Eesti_Vabariigi_Tartu_Ulikool, lk 43
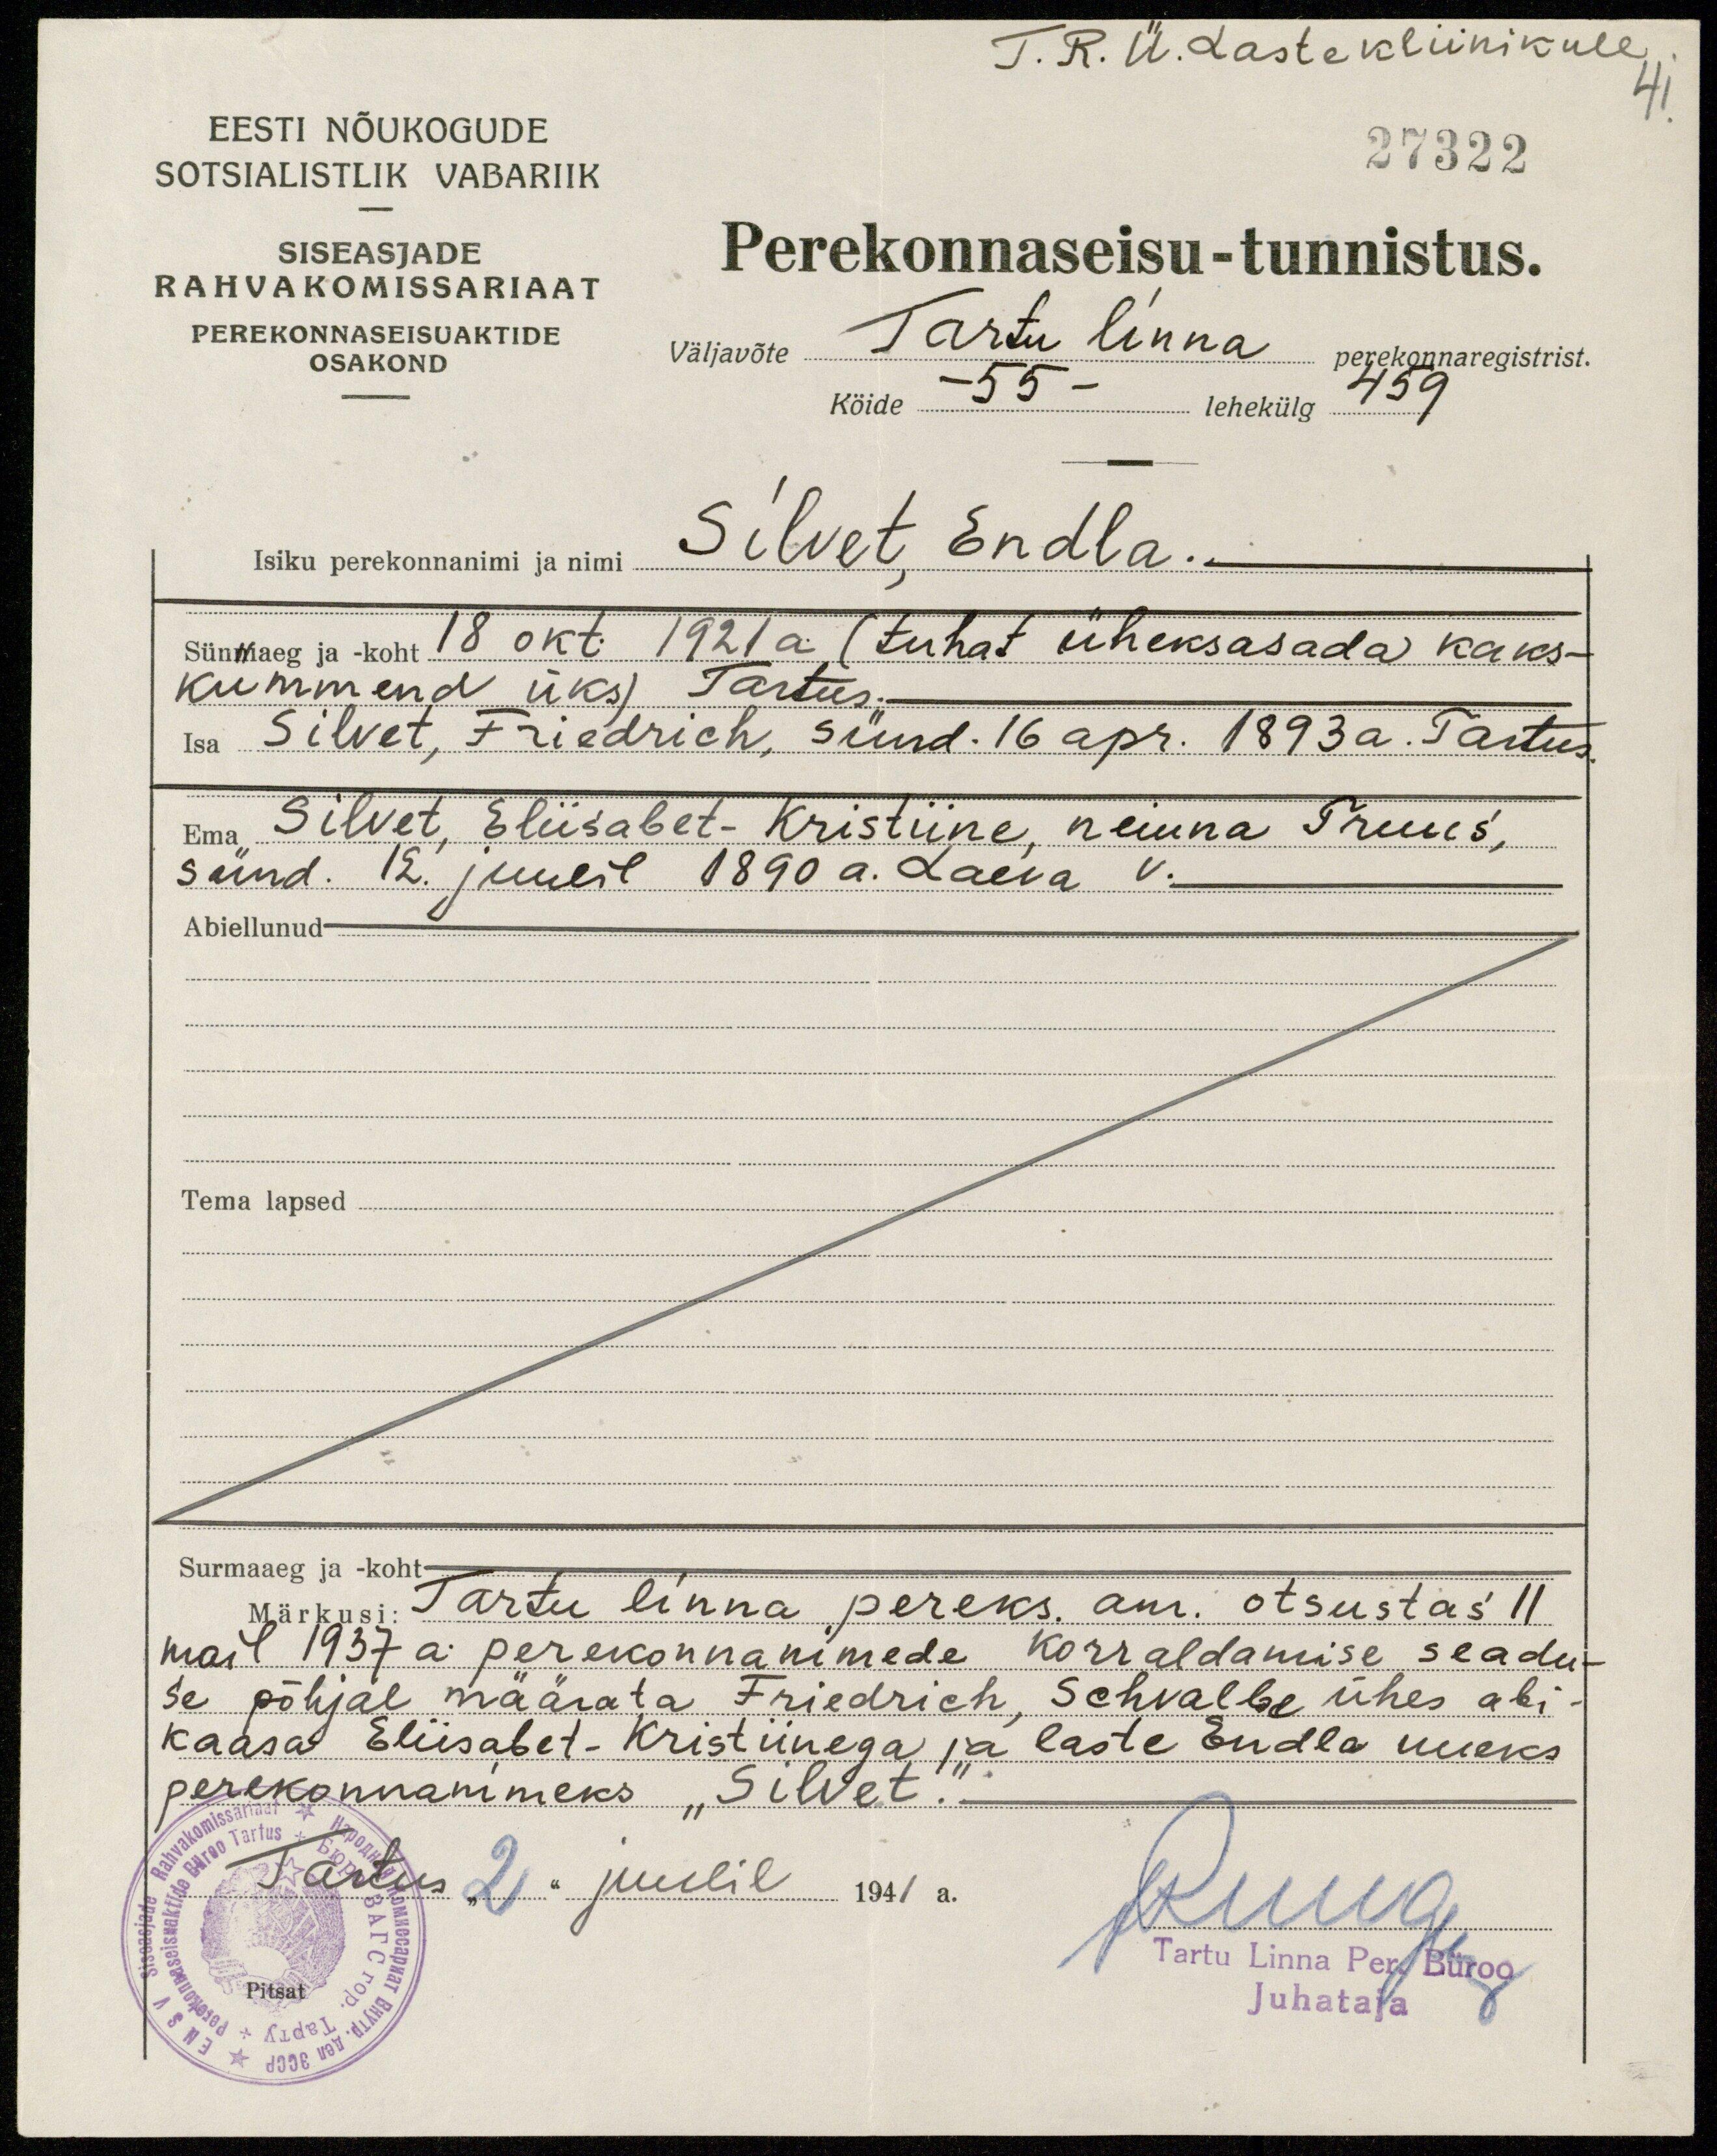
T. R. Ü. Laste kliinikule.
41
27322
EESTI NÕUKOGUDE
SOTSIALISTLIK VABARIIK
SISEASJADE
RAHVAKOMISSARIAAT
PEREKONNASEISUAKTIDE
OSAKOND
Perekonnaseisu-tunnistus.
Väljavõte Tartu linna perekonnaregistrist.
Köide -55-5 lehekülg 459
Isiku perekonnanimi ja nimi Silvet, Endla.
Sünniaeg ja -koht 18 okt. 1921 a. (tuhat üheksasada kaks-
kümmend üks) Tartus.
Isa Silvet, Friedrich, sünd. 16 apr. 1893 a. Tartus
Ema Silvet, Eliisabet-Kristiine, neiuna Truus,
sünd. 12. juulil 1890 a. Laeva V.
Abiellunud-
Tema lapsed
Surmaaeg ja koht-
Märkusi: Tartu linna pereks. am. otsustas 11
mail 1937 a. perekonnanimede korraldamise seadu-
se põhjal määrata Friedrich, Schvalbe ühes abi-
kaasa Eliisabet-Kristiinega ja laste Endla uueks
perekonnanimeks "Silvet."
Tartus "2" juulil 1941 a.
Ruuge
Pitsat
Tartu Linna Per. Büroo
Juhataja